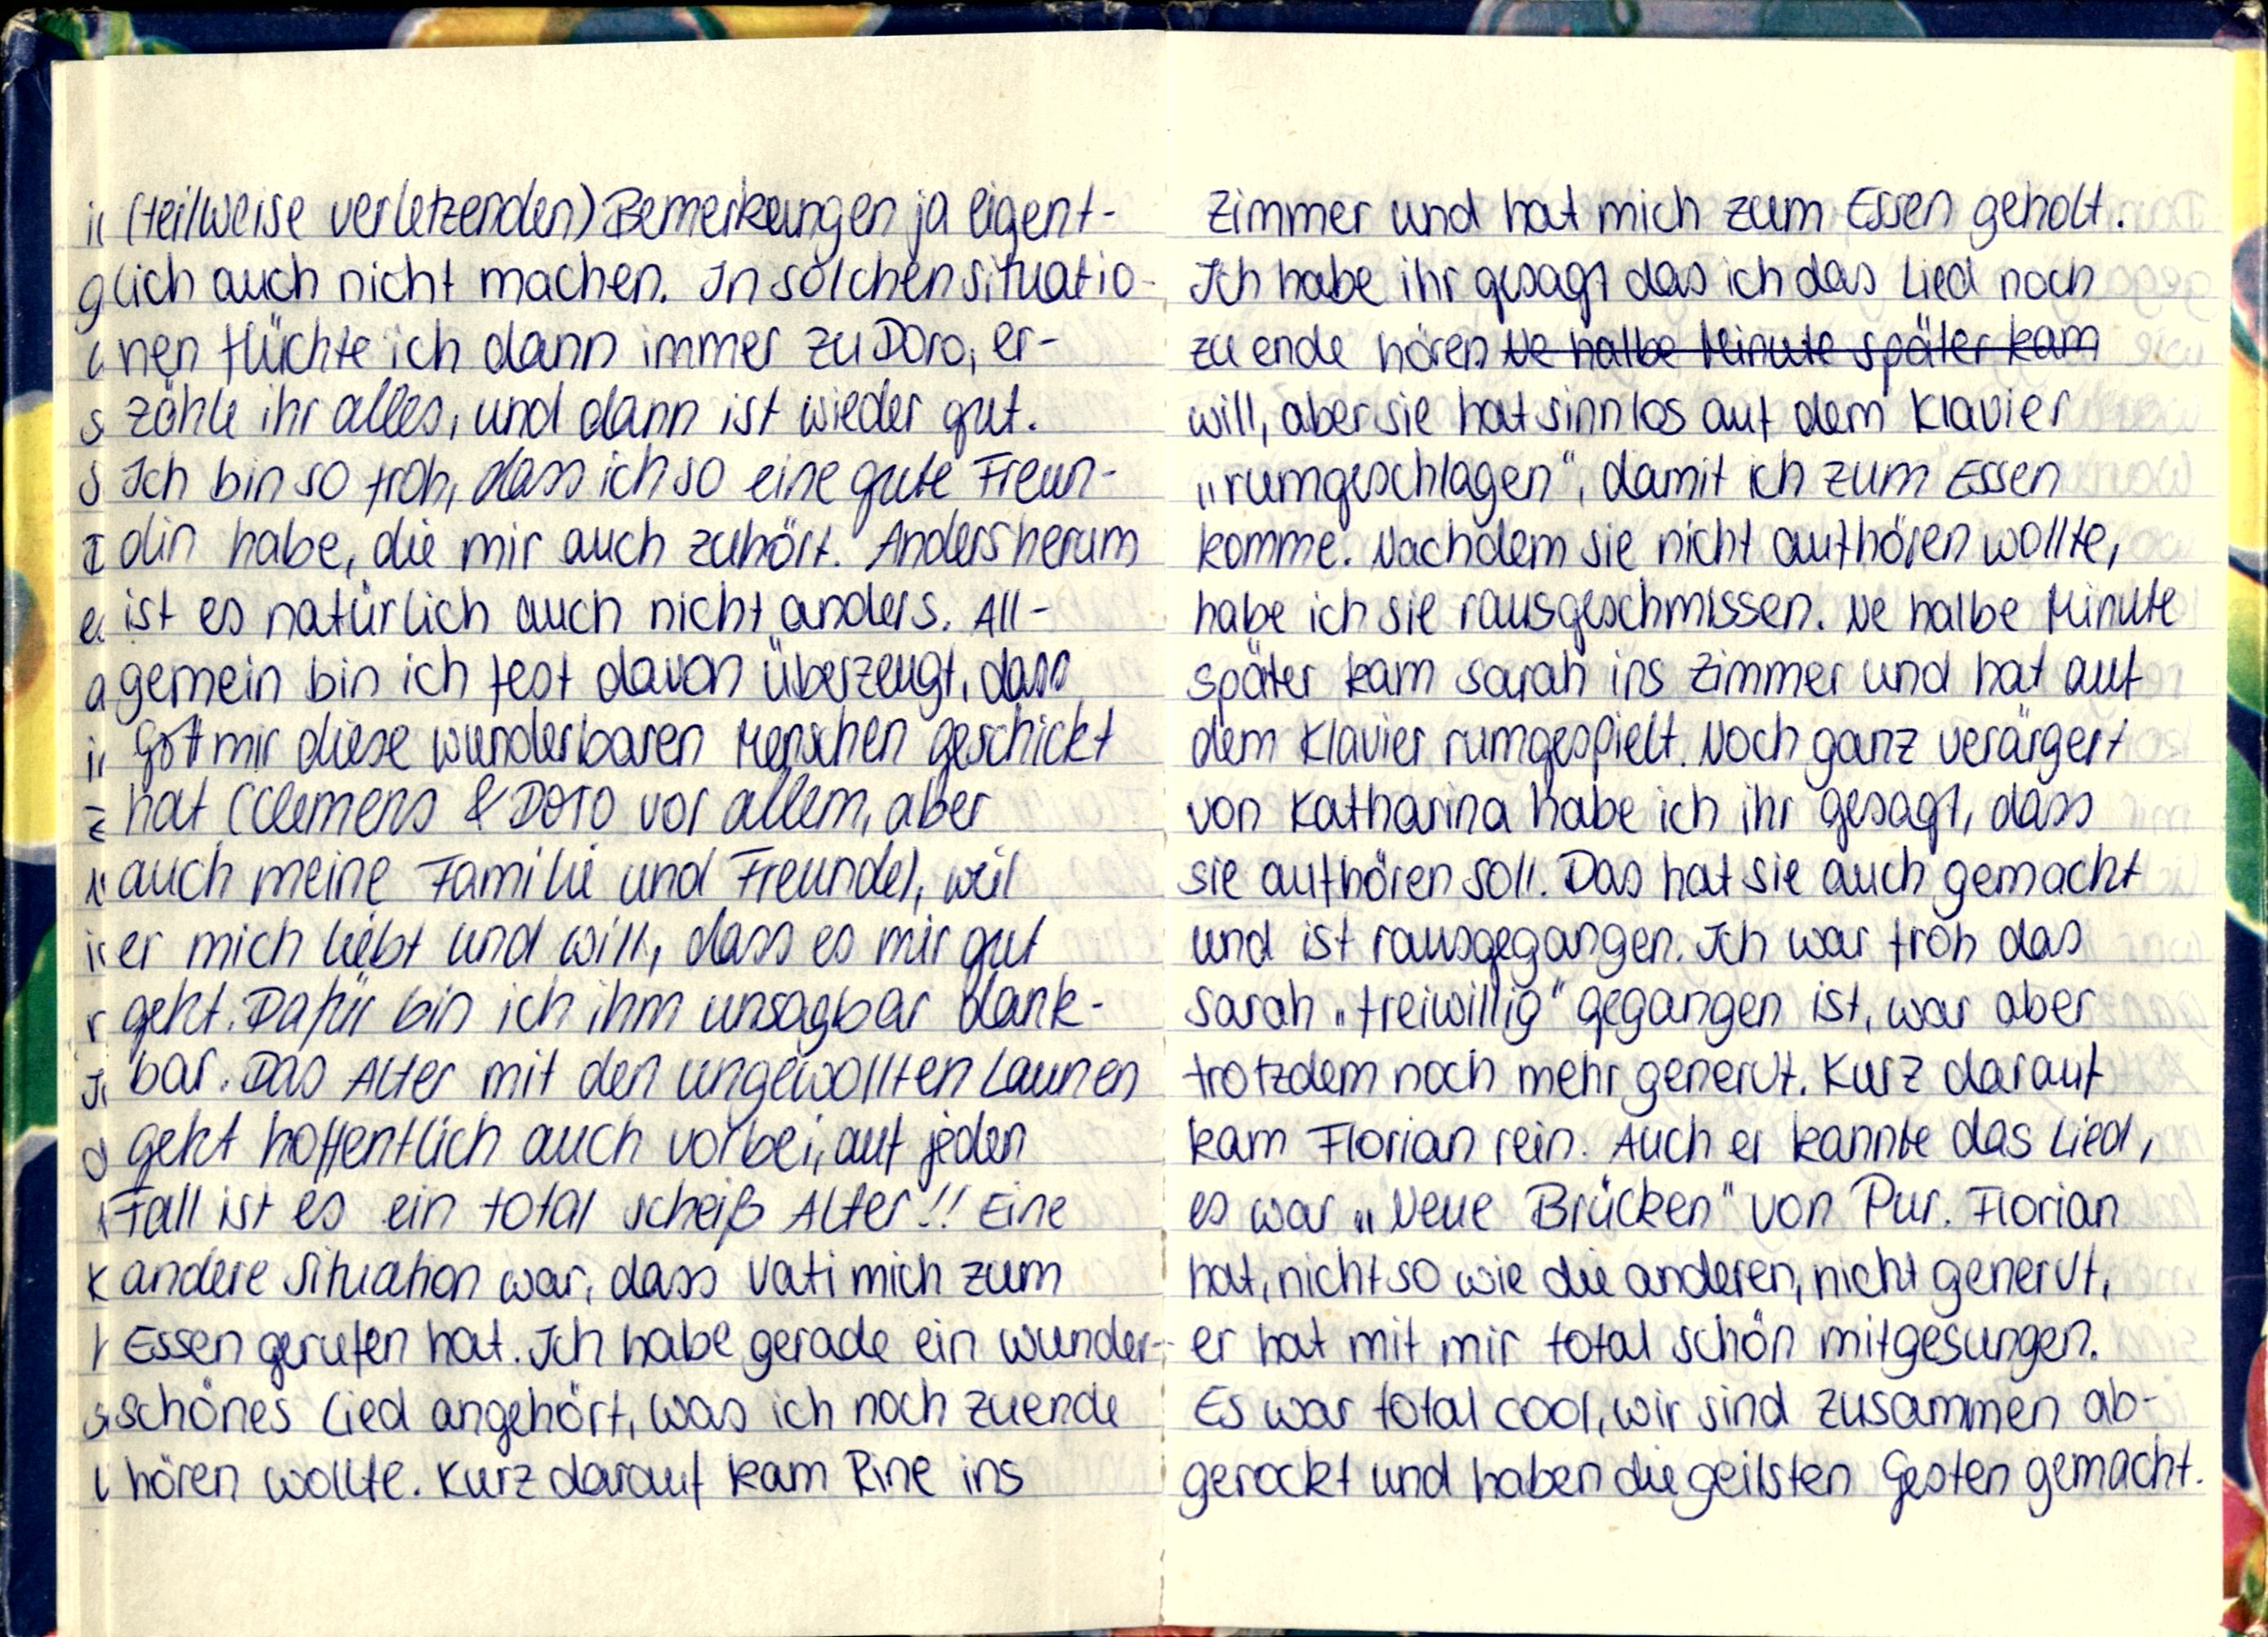
(teilweise verletzenden) Bemerkungen ja eigent-
lich auch nicht machen. In solchen situatio-
nen flüchte ich dann immer zu Doro, er-
zähle ihr alles, und dann ist wieder gut.
Ich bin so froh, dass ich so eine gute Freun-
din habe, die mir auch zuhört. Andersherum
ist es natürlich auch nicht anders. All-
gemein bin ich fest davon überzeugt, dass
Gott mir diese wunderbaren Menschen geschickt
hat (Clemens & Doro vor allem, aber
auch meine Familie und Freunde), weil
er mich liebt und will, dass es mir gut
geht. Dafür bin ich ihm unsagbar dank-
bar. Das Alter mit den ungewollten Launen
geht hoffentlich auch vorbei, auf jeden
Fall ist es ein total scheiß Alter!! Eine
andere Situation war, dass Vati mich zum
Essen gerufen hat. Ich habe gerade ein wunder-
schönes Lied angehört, was ich noch zuende
hören wollte. Kurz darauf kam Rine ins

Zimmer und hat mich zum Essen geholt.
Ich habe ihr gesagt das ich das Lied noch
zu ende hören
will, aber sie hat sinnlos auf dem Klavier
„rumgeschlagen", damit ich zum Essen
komme. Nachdem sie nicht aufhören wollte,
habe ich sie rausgeschmissen. Ne halbe Minute
später kam Sarah ins Zimmer und hat auf
dem Klavier rumgespielt. Noch ganz verärgert
von Katharina habe ich ihr gesagt, dass
sie aufhören soll. Das hat sie auch gemacht
und ist rausgegangen. Ich war froh das
Sarah „freiwillig" gegangen ist, war aber
trotzdem noch mehr genervt. Kurz darauf
kam Florian rein. Auch er kannte das Lied,
es war „Neue Brücken" von Pur. Florian
hat, nicht so wie die anderen, nicht genervt,
er hat mit mir total schön mitgesungen.
Es war total cool, wir sind zusammen ab-
gerockt und haben die geilsten Gesten gemacht.